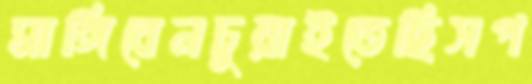
মাঙ্গিবেনচুয়াইতেছিসপ